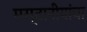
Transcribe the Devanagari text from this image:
मस्तानीयांचा